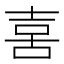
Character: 𠶮